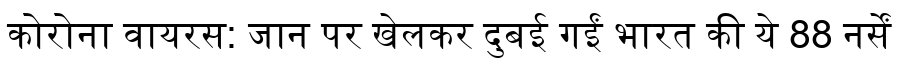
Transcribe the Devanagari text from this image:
कोरोना वायरस: जान पर खेलकर दुबई गईं भारत की ये 88 नर्सें